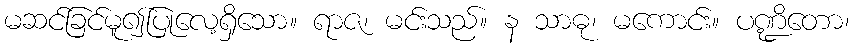
မဆင်ခြင်မူ၍ပြုလေ့ရှိသော။ ရာဇ၊ မင်းသည်။ န သာဓု၊ မကောင်း။ ပဏ္ဍိတော၊